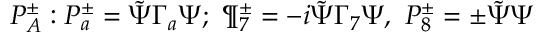
P _ { A } ^ { \pm } : P _ { a } ^ { \pm } = \tilde { \Psi } \Gamma _ { a } \Psi ; \ \P _ { 7 } ^ { \pm } = - i \tilde { \Psi } \Gamma _ { 7 } \Psi , \ P _ { 8 } ^ { \pm } = \pm \tilde { \Psi } \Psi